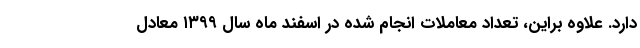
دارد. علاوه براین، تعداد معاملات انجام شده در اسفند ماه سال ۱۳۹۹ معادل